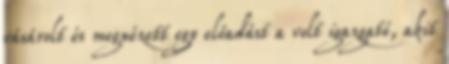
vásárolt és megnézett egy előadást a volt igazgató, akit